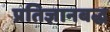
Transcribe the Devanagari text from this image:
प्रतिज्ञानबद्ध